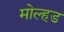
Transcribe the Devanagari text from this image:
मोल्हड